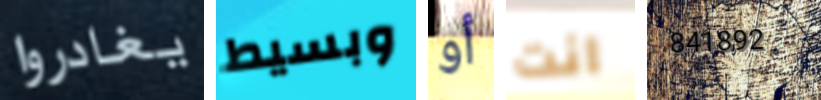
يغادروا وبسيط أو انت 841892